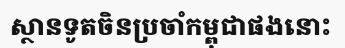
ស្ថានទូតចិនប្រចាំកម្ពុជាផងនោះ